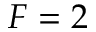
F = 2